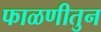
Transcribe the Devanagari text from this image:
फाळणीतुन